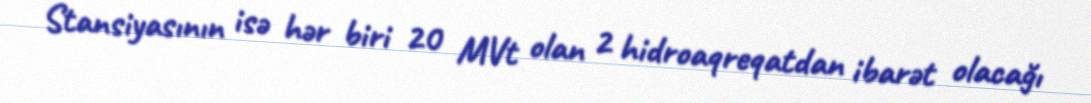
Stansiyasının isə hər biri 20 MVt olan 2 hidroaqreqatdan ibarət olacağı